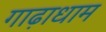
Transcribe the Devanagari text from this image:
गाढ़ाधाम